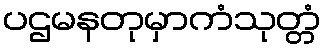
ပဌမနတုမှာကံသုတ္တံ